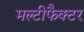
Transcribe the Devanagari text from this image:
मल्टीफैक्टर